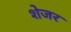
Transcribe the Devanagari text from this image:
शेजर